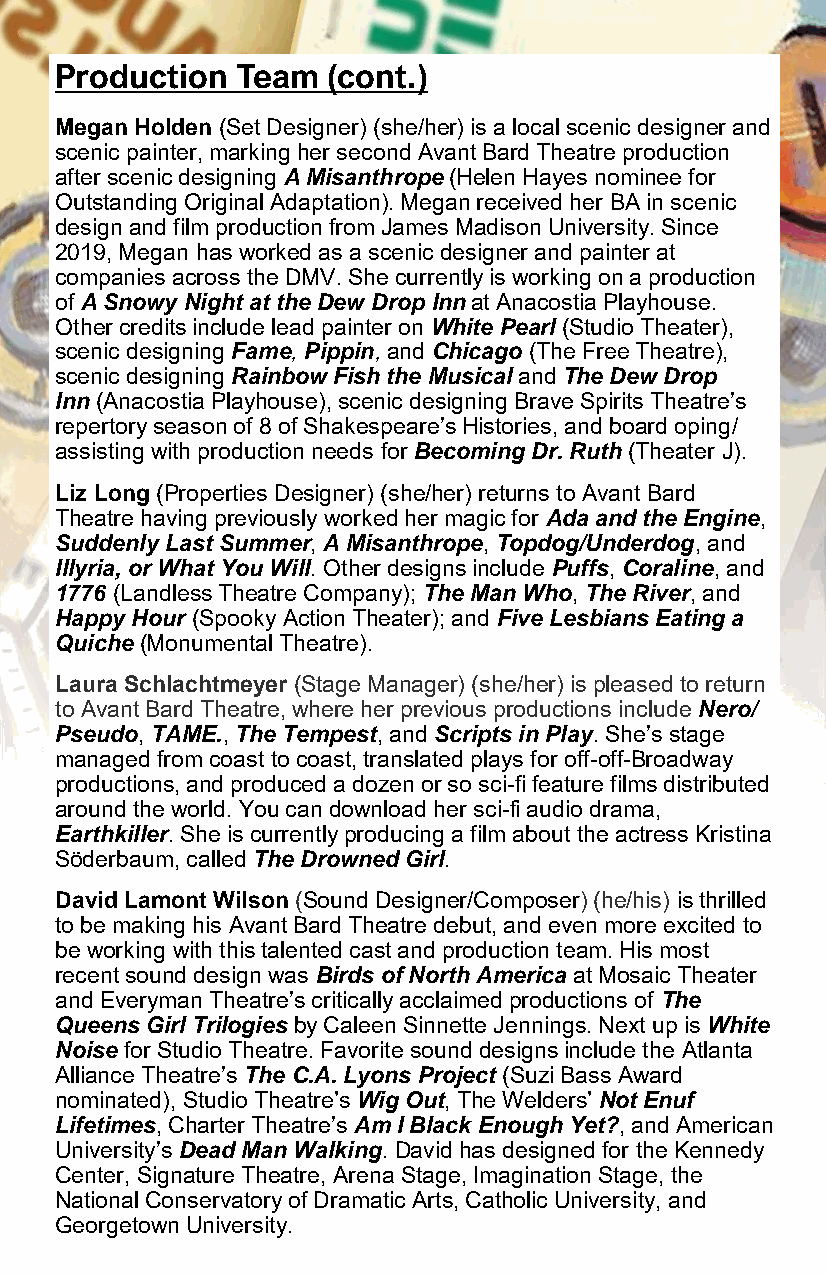
Production  Team  (cont.)
 Megan Holden (Set Designer) (she/her) is a local scenic designer and
 scenic painter, marking her second Avant Bard Theatre production
 after scenic designing A Misanthrope (Helen Hayes nominee for
 Outstanding Original Adaptation). Megan received her BA in scenic
 design and film production from James Madison University. Since
 2019, Megan has worked as a scenic designer and painter at
 companies across the DMV. She currently is working on a production
 of A Snowy Night at the Dew Drop Inn at Anacostia Playhouse.
 Other credits include lead painter on White Pearl (Studio Theater),
 scenic designing Fame, Pippin, and Chicago (The Free Theatre),
 scenic designing Rainbow Fish the Musical and The Dew Drop
 Inn (Anacostia Playhouse), scenic designing Brave Spirits Theatre’s
 repertory season of 8 of Shakespeare’s Histories, and board oping/
 assisting with production needs for Becoming Dr. Ruth (Theater J).
 Liz Long (Properties Designer) (she/her) returns to Avant Bard
 Theatre having previously worked her magic for Ada and the Engine,
 Suddenly Last Summer, A Misanthrope, Topdog/Underdog, and
 Illyria, or What You Will. Other designs include Puffs, Coraline, and
 1776 (Landless Theatre Company); The Man Who, The River, and
 Happy Hour (Spooky Action Theater); and Five Lesbians Eating a
 Quiche (Monumental Theatre).
 Laura Schlachtmeyer (Stage Manager) (she/her) is pleased to return
 to Avant Bard Theatre, where her previous productions include Nero/
 Pseudo, TAME., The Tempest, and Scripts in Play. She’s stage
 managed from coast to coast, translated plays for off-off-Broadway
 productions, and produced a dozen or so sci-fi feature films distributed
 around the world. You can download her sci-fi audio drama,
 Earthkiller. She is currently producing a film about the actress Kristina
 Söderbaum, called The Drowned Girl.
 David Lamont Wilson (Sound Designer/Composer) (he/his) is thrilled
 to be making his Avant Bard Theatre debut, and even more excited to
 be working with this talented cast and production team. His most
 recent sound design was Birds of North America at Mosaic Theater
 and Everyman Theatre’s critically acclaimed productions of The
 Queens Girl Trilogies by Caleen Sinnette Jennings. Next up is White
 Noise for Studio Theatre. Favorite sound designs include the Atlanta
 Alliance Theatre’s The C.A. Lyons Project (Suzi Bass Award
 nominated), Studio Theatre’s Wig Out, The Welders’ Not Enuf
 Lifetimes, Charter Theatre’s Am I Black Enough Yet?, and American
 University’s Dead Man Walking. David has designed for the Kennedy
 Center, Signature Theatre, Arena Stage, Imagination Stage, the
 National Conservatory of Dramatic Arts, Catholic University, and
 Georgetown University.